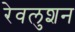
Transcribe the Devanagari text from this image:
रेवलुशन